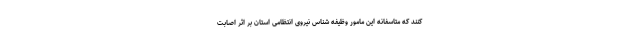
کنند که متاسفانه این مامور وظیفه شناس نیروی انتظامی استان بر اثر اصابت